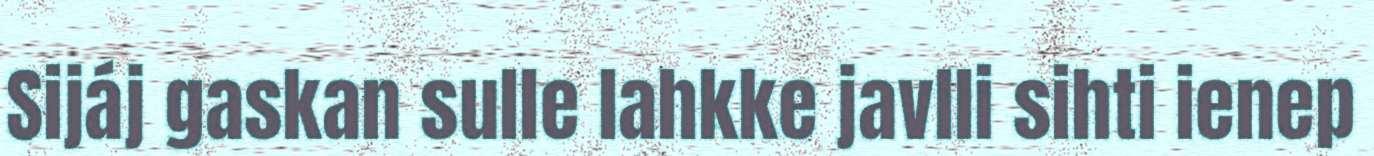
Sijáj gaskan sulle lahkke javlli sihti ienep